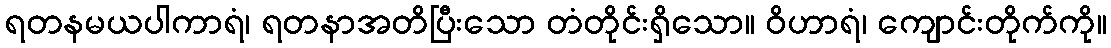
ရတနမယပါကာရံ၊ ရတနာအတိပြီးသော တံတိုင်းရှိသော။ ဝိဟာရံ၊ ကျောင်းတိုက်ကို။